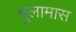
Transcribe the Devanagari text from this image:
मूलामास